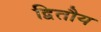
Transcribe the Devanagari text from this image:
द्वितौय